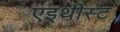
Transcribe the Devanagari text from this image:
एइथीस्ट